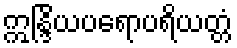
ဣန္ဒြိယပရောပရိယတ္တံ